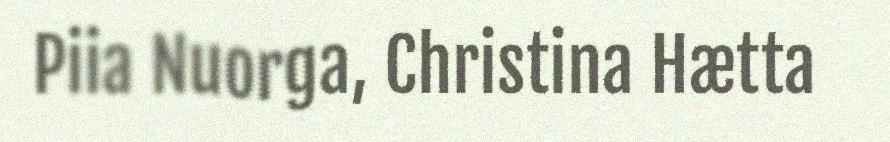
Piia Nuorga, Christina Hætta